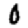
Digit: 0